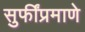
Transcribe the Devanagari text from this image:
सुफींप्रमाणे